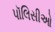
પૉલિસીઓ